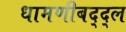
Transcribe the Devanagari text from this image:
धामणीबद्द्ल